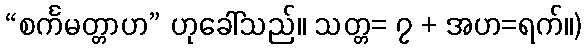
“စင်္ကမတ္တာဟ” ဟုခေါ်သည်။ သတ္တ= ၇ + အဟ=ရက်။)